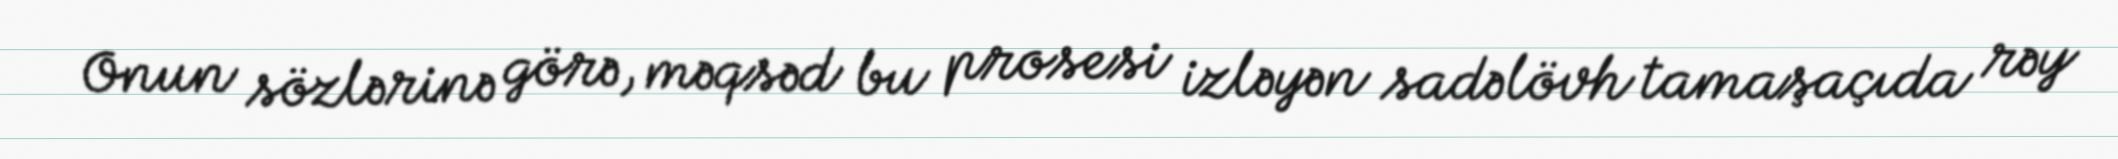
Onun sözlərinə görə, məqsəd bu prosesi izləyən sadəlövh tamaşaçıda rəy